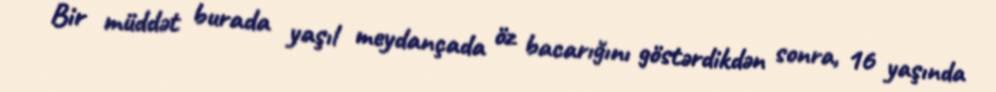
Bir müddət burada yaşıl meydançada öz bacarığını göstərdikdən sonra, 16 yaşında